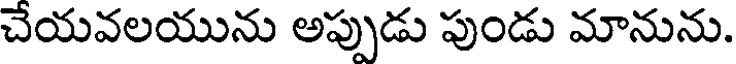
చేయవలయును అప్పుడు పుండు మానును.